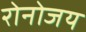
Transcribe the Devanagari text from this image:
रोनोजय